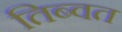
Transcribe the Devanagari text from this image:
तिब्वत